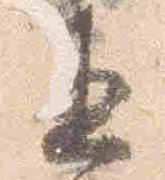
直